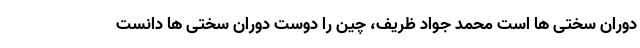
دوران سختی ها است محمد جواد ظریف، چین را دوست دوران سختی ها دانست